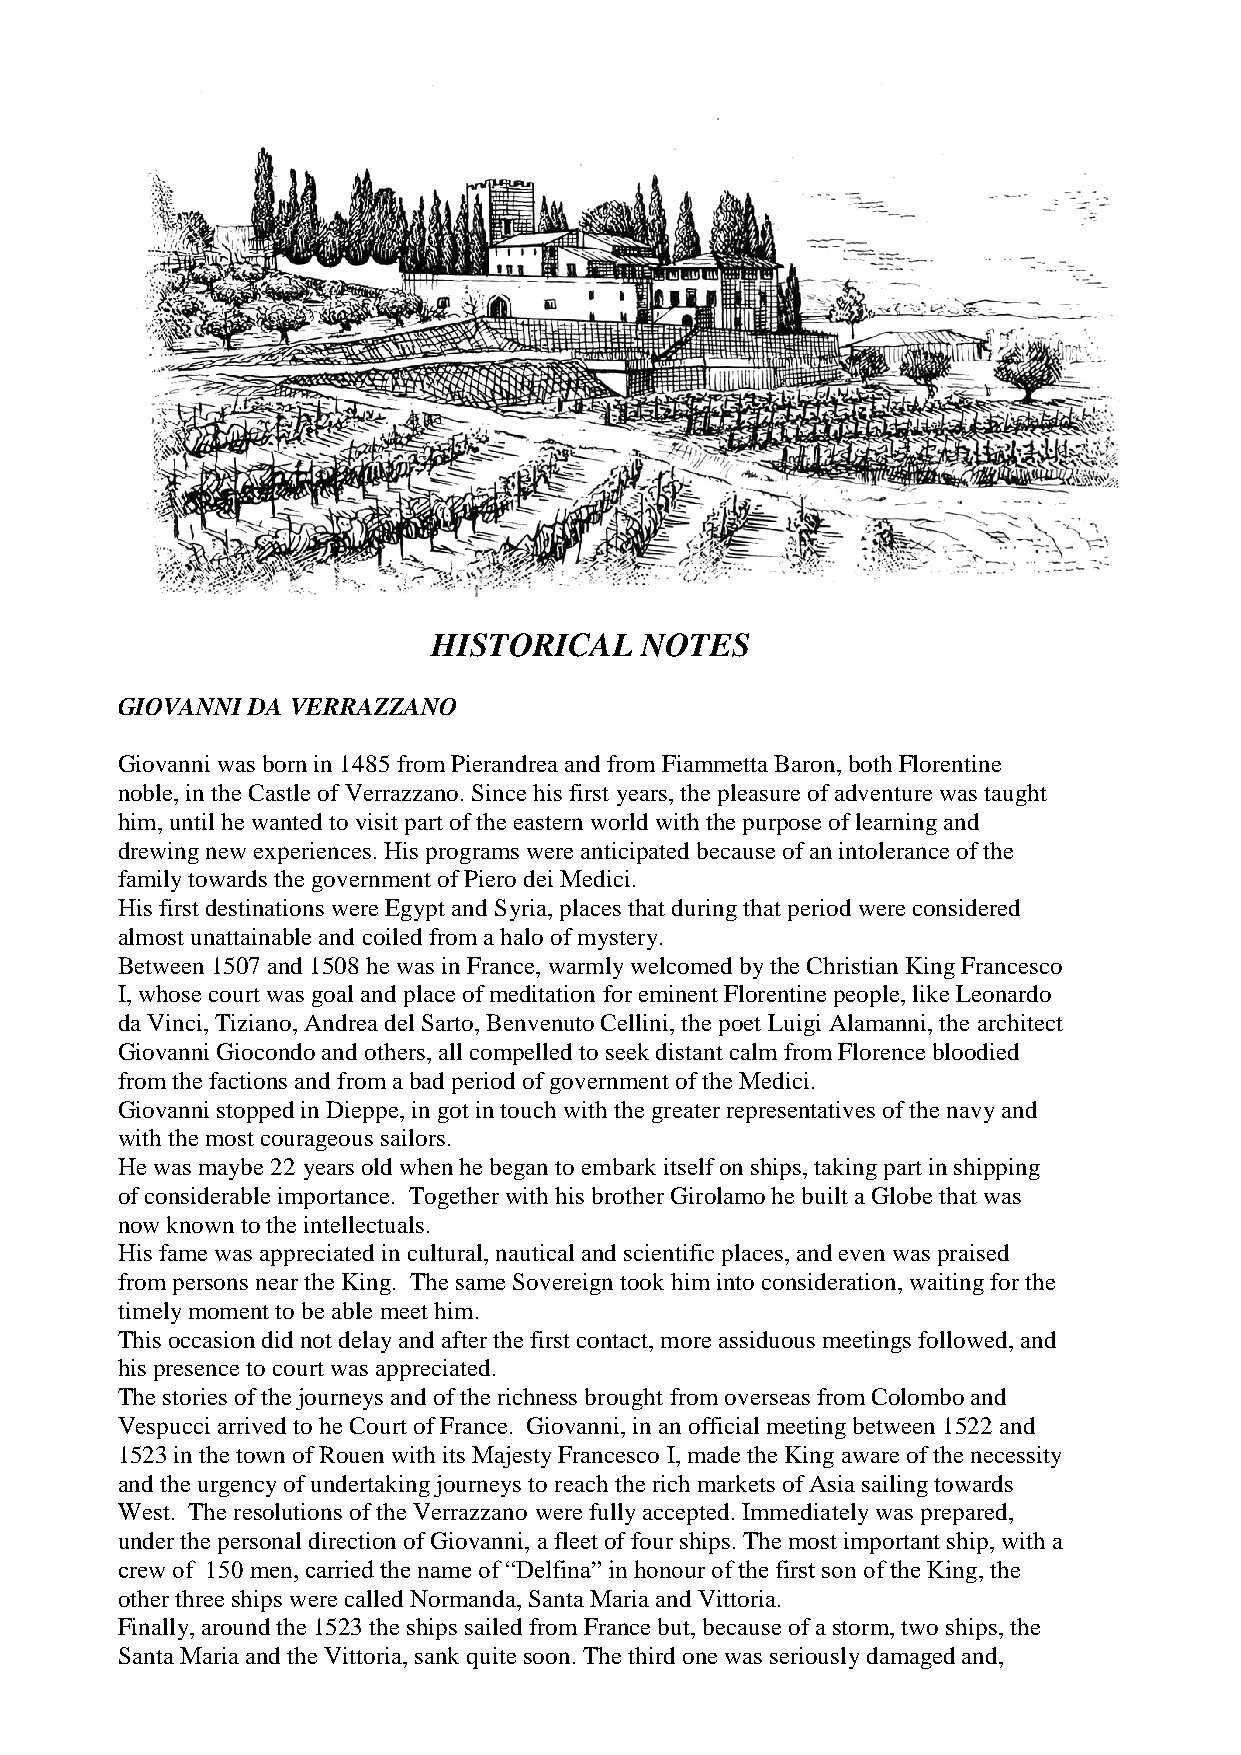
HISTORICAL   NOTES
 GIOVANNI DA VERRAZZANO
 Giovanni was born in 1485 from Pierandrea and from Fiammetta Baron, both Florentine
 noble, in the Castle of Verrazzano. Since his first years, the pleasure of adventure was taught
 him, until he wanted to visit part of the eastern world with the purpose of learning and
 drewing new experiences. His programs were anticipated because of an intolerance of the
 family towards the government of Piero dei Medici.
 His first destinations were Egypt and Syria, places that during that period were considered
 almost unattainable and coiled from a halo of mystery.
 Between 1507 and 1508 he was in France, warmly welcomed by the Christian King Francesco
 I, whose court was goal and place of meditation for eminent Florentine people, like Leonardo
 da Vinci, Tiziano, Andrea del Sarto, Benvenuto Cellini, the poet Luigi Alamanni, the architect
 Giovanni Giocondo and others, all compelled to seek distant calm from Florence bloodied
 from the factions and from a bad period of government of the Medici.
 Giovanni stopped in Dieppe, in got in touch with the greater representatives of the navy and
 with the most courageous sailors.
 He was maybe 22 years old when he began to embark itself on ships, taking part in shipping
 of considerable importance. Together with his brother Girolamo he built a Globe that was
 now known to the intellectuals.
 His fame was appreciated in cultural, nautical and scientific places, and even was praised
 from persons near the King. The same Sovereign took him into consideration, waiting for the
 timely moment to be able meet him.
 This occasion did not delay and after the first contact, more assiduous meetings followed, and
 his presence to court was appreciated.
 The stories of the journeys and of the richness brought from overseas from Colombo and
 Vespucci arrived to he Court of France. Giovanni, in an official meeting between 1522 and
 1523 in the town of Rouen with its Majesty Francesco I, made the King aware of the necessity
 and the urgency of undertaking journeys to reach the rich markets of Asia sailing towards
 West. The resolutions of the Verrazzano were fully accepted. Immediately was prepared,
 under the personal direction of Giovanni, a fleet of four ships. The most important ship, with a
 crew of 150 men, carried the name of “Delfina” in honour of the first son of the King, the
 other three ships were called Normanda, Santa Maria and Vittoria.
 Finally, around the 1523 the ships sailed from France but, because of a storm, two ships, the
 Santa Maria and the Vittoria, sank quite soon. The third one was seriously damaged and,